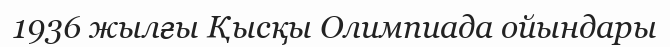
1936 жылғы Қысқы Олимпиада ойындары